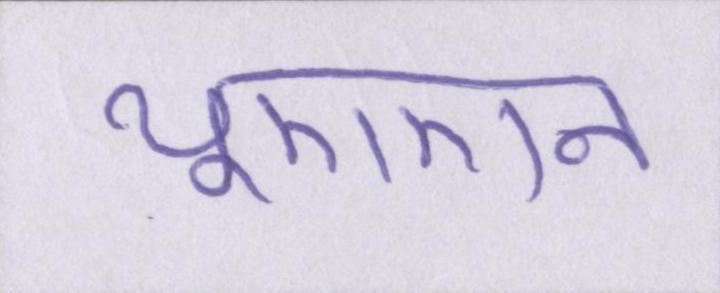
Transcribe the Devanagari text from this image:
यूएएन